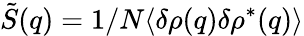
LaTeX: \tilde{S}(q)=1/N\langle\delta\rho(q)\delta\rho^{\ast}(q)\rangle